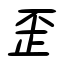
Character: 歪